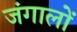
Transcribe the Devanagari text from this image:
जंगालों